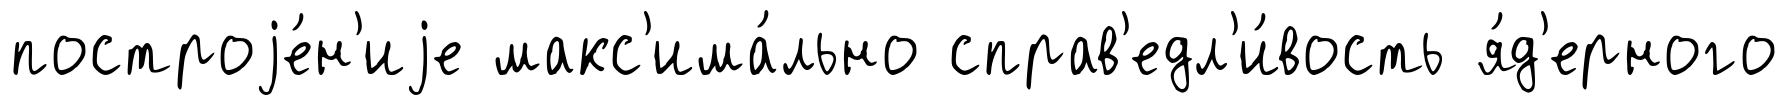
построjе́н'иjе макс'има́льно справ'едл'и́вость я́д'ерного